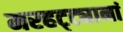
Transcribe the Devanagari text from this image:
मरहट्ट्यानां